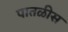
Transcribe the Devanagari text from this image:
पातळीस